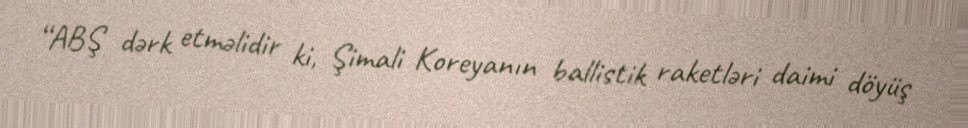
“ABŞ dərk etməlidir ki, Şimali Koreyanın ballistik raketləri daimi döyüş